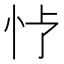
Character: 𪫢